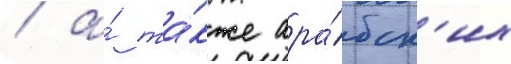
/ а́ та́кже ара́бск'их